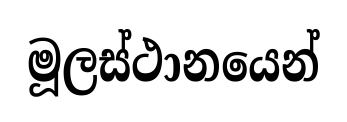
මූලස්ථානයෙන්